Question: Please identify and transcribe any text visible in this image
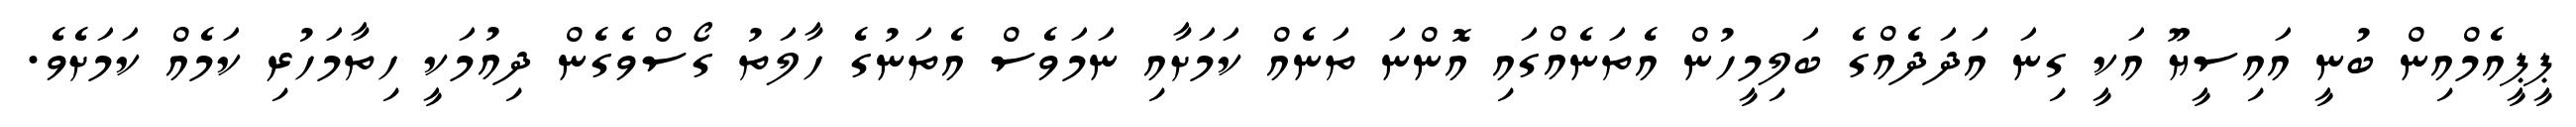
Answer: ޕީޕީއެމްއިން ބުނީ އައިސީޔޫ އަކީ ގިނަ އަދަދެއްގެ ބަލިމީހުން އެތަނެއްގައި އޮންނަ ތަނެއް ކަމަށާއި ނަމަވެސް އެތަނުގެ ހާލަތު ގޯސްވެގެން ދިއުމަކީ ހިތާމަހުރި ކަމެއް ކަމަށެވެ.